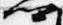
卿